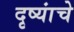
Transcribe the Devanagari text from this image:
दृष्यांचे